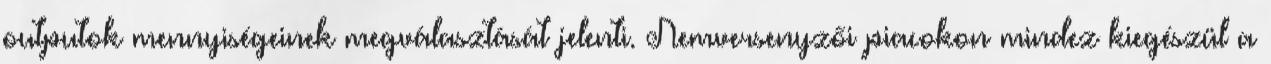
outputok mennyiségeinek megválasztását jelenti. Nemversenyzői piacokon mindez kiegészül a